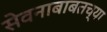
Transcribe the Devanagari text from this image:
सेवनाबाबतच्या